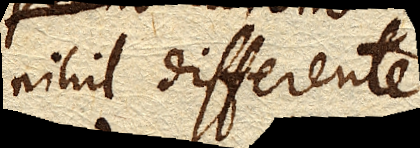
nihil differente.